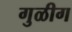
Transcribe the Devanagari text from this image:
गुळीग